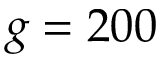
g = 2 0 0